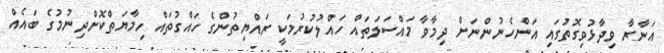
އަނާރާ ވިދާޅުވިގޮތުގައި އަންހެނުންނަށް ދިމާވާ މައްސަލަތައް ހައްލުކުރުމަކީ ރައްޔިތުންގެ ހައްގުތައް ހިމާޔަތްކޮށްދިނުމުގެ ބައެއް